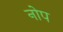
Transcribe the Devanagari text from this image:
नोप